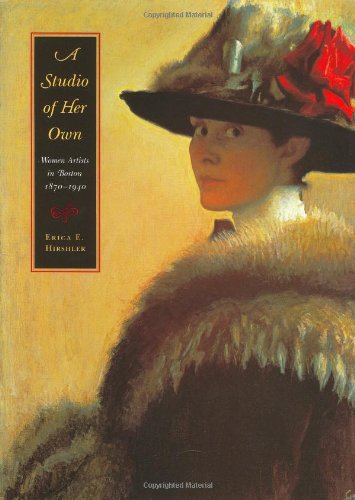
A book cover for A Studio of Her Own: Women Artists in Boston 1870-1940; Erica E. Hirshler; Politics & Social Sciences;